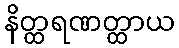
နိတ္ထရဏတ္ထာယ